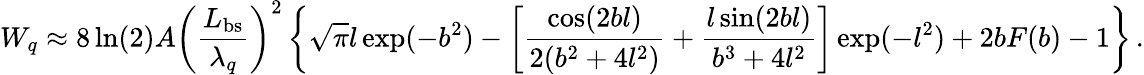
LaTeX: W_{q}\approx 8\ln(2)A\left(\frac{L_{\mathrm{bs}}}{\lambda_{q}}\right)^{2}\left\{ \sqrt{\pi}l\exp(-b^{2})-\left[\frac{\cos(2bl)}{2(b^{2}+4l^{2})}+\frac{l\sin(2bl)}{b^{3}+4l^{2}}\right]\exp(-l^{2})+2bF(b)-1\right\} \, .